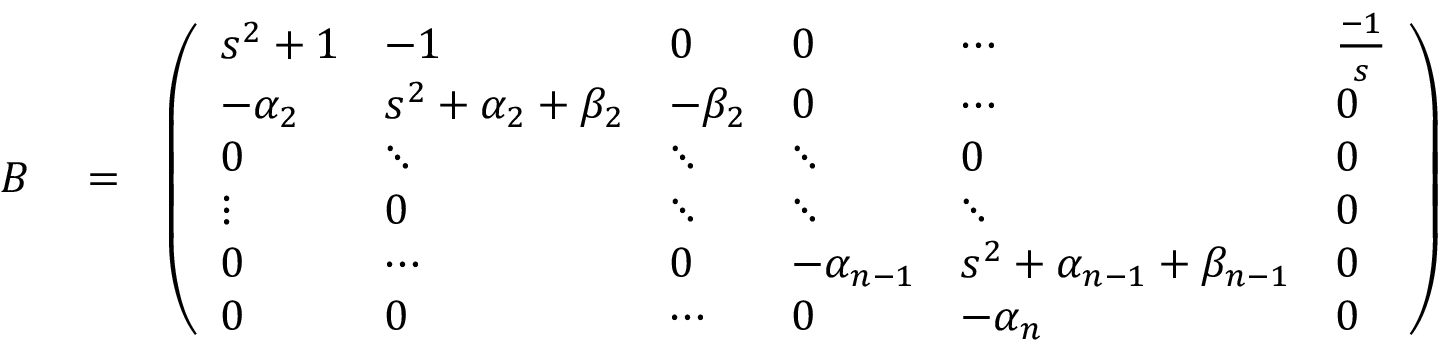
\begin{array} { r l r } { B } & { { } = } & { \left( \begin{array} { l l l l l l } { s ^ { 2 } + 1 } & { - 1 } & { 0 } & { 0 } & { \cdots } & { \frac { - 1 } { s } } \\ { - \alpha _ { 2 } } & { s ^ { 2 } + \alpha _ { 2 } + \beta _ { 2 } } & { - \beta _ { 2 } } & { 0 } & { \cdots } & { 0 } \\ { 0 } & { \ddots } & { \ddots } & { \ddots } & { 0 } & { 0 } \\ { \vdots } & { 0 } & { \ddots } & { \ddots } & { \ddots } & { 0 } \\ { 0 } & { \cdots } & { 0 } & { - \alpha _ { n - 1 } } & { s ^ { 2 } + \alpha _ { n - 1 } + \beta _ { n - 1 } } & { 0 } \\ { 0 } & { 0 } & { \cdots } & { 0 } & { - \alpha _ { n } } & { 0 } \end{array} \right) } \end{array}